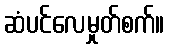
ဆံပင်လေမှုတ်စက်။